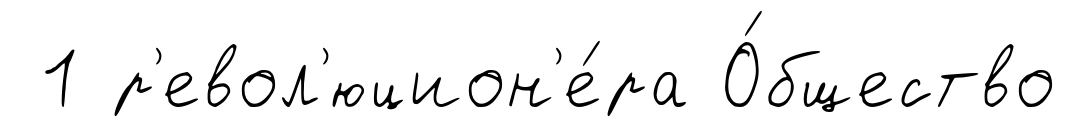
1 р'евол'юцион'е́ра О́бщество